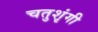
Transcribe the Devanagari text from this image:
चतुशृंगी